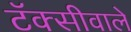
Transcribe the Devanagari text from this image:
टॅक्सीवाले